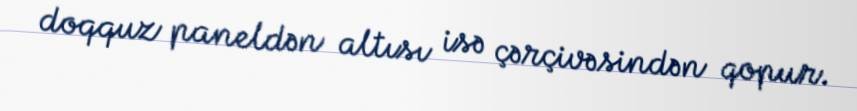
doqquz paneldən altısı isə çərçivəsindən qopur.